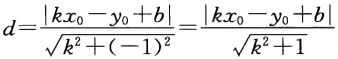
\[
d=\frac{\left|k x_{0}-y_{0}+b\right|}{\sqrt{k^{2}+(-1)^{2}}}=\frac{\left|k x_{0}-y_{0}+b\right|}{\sqrt{k^{2}+1}}
\]